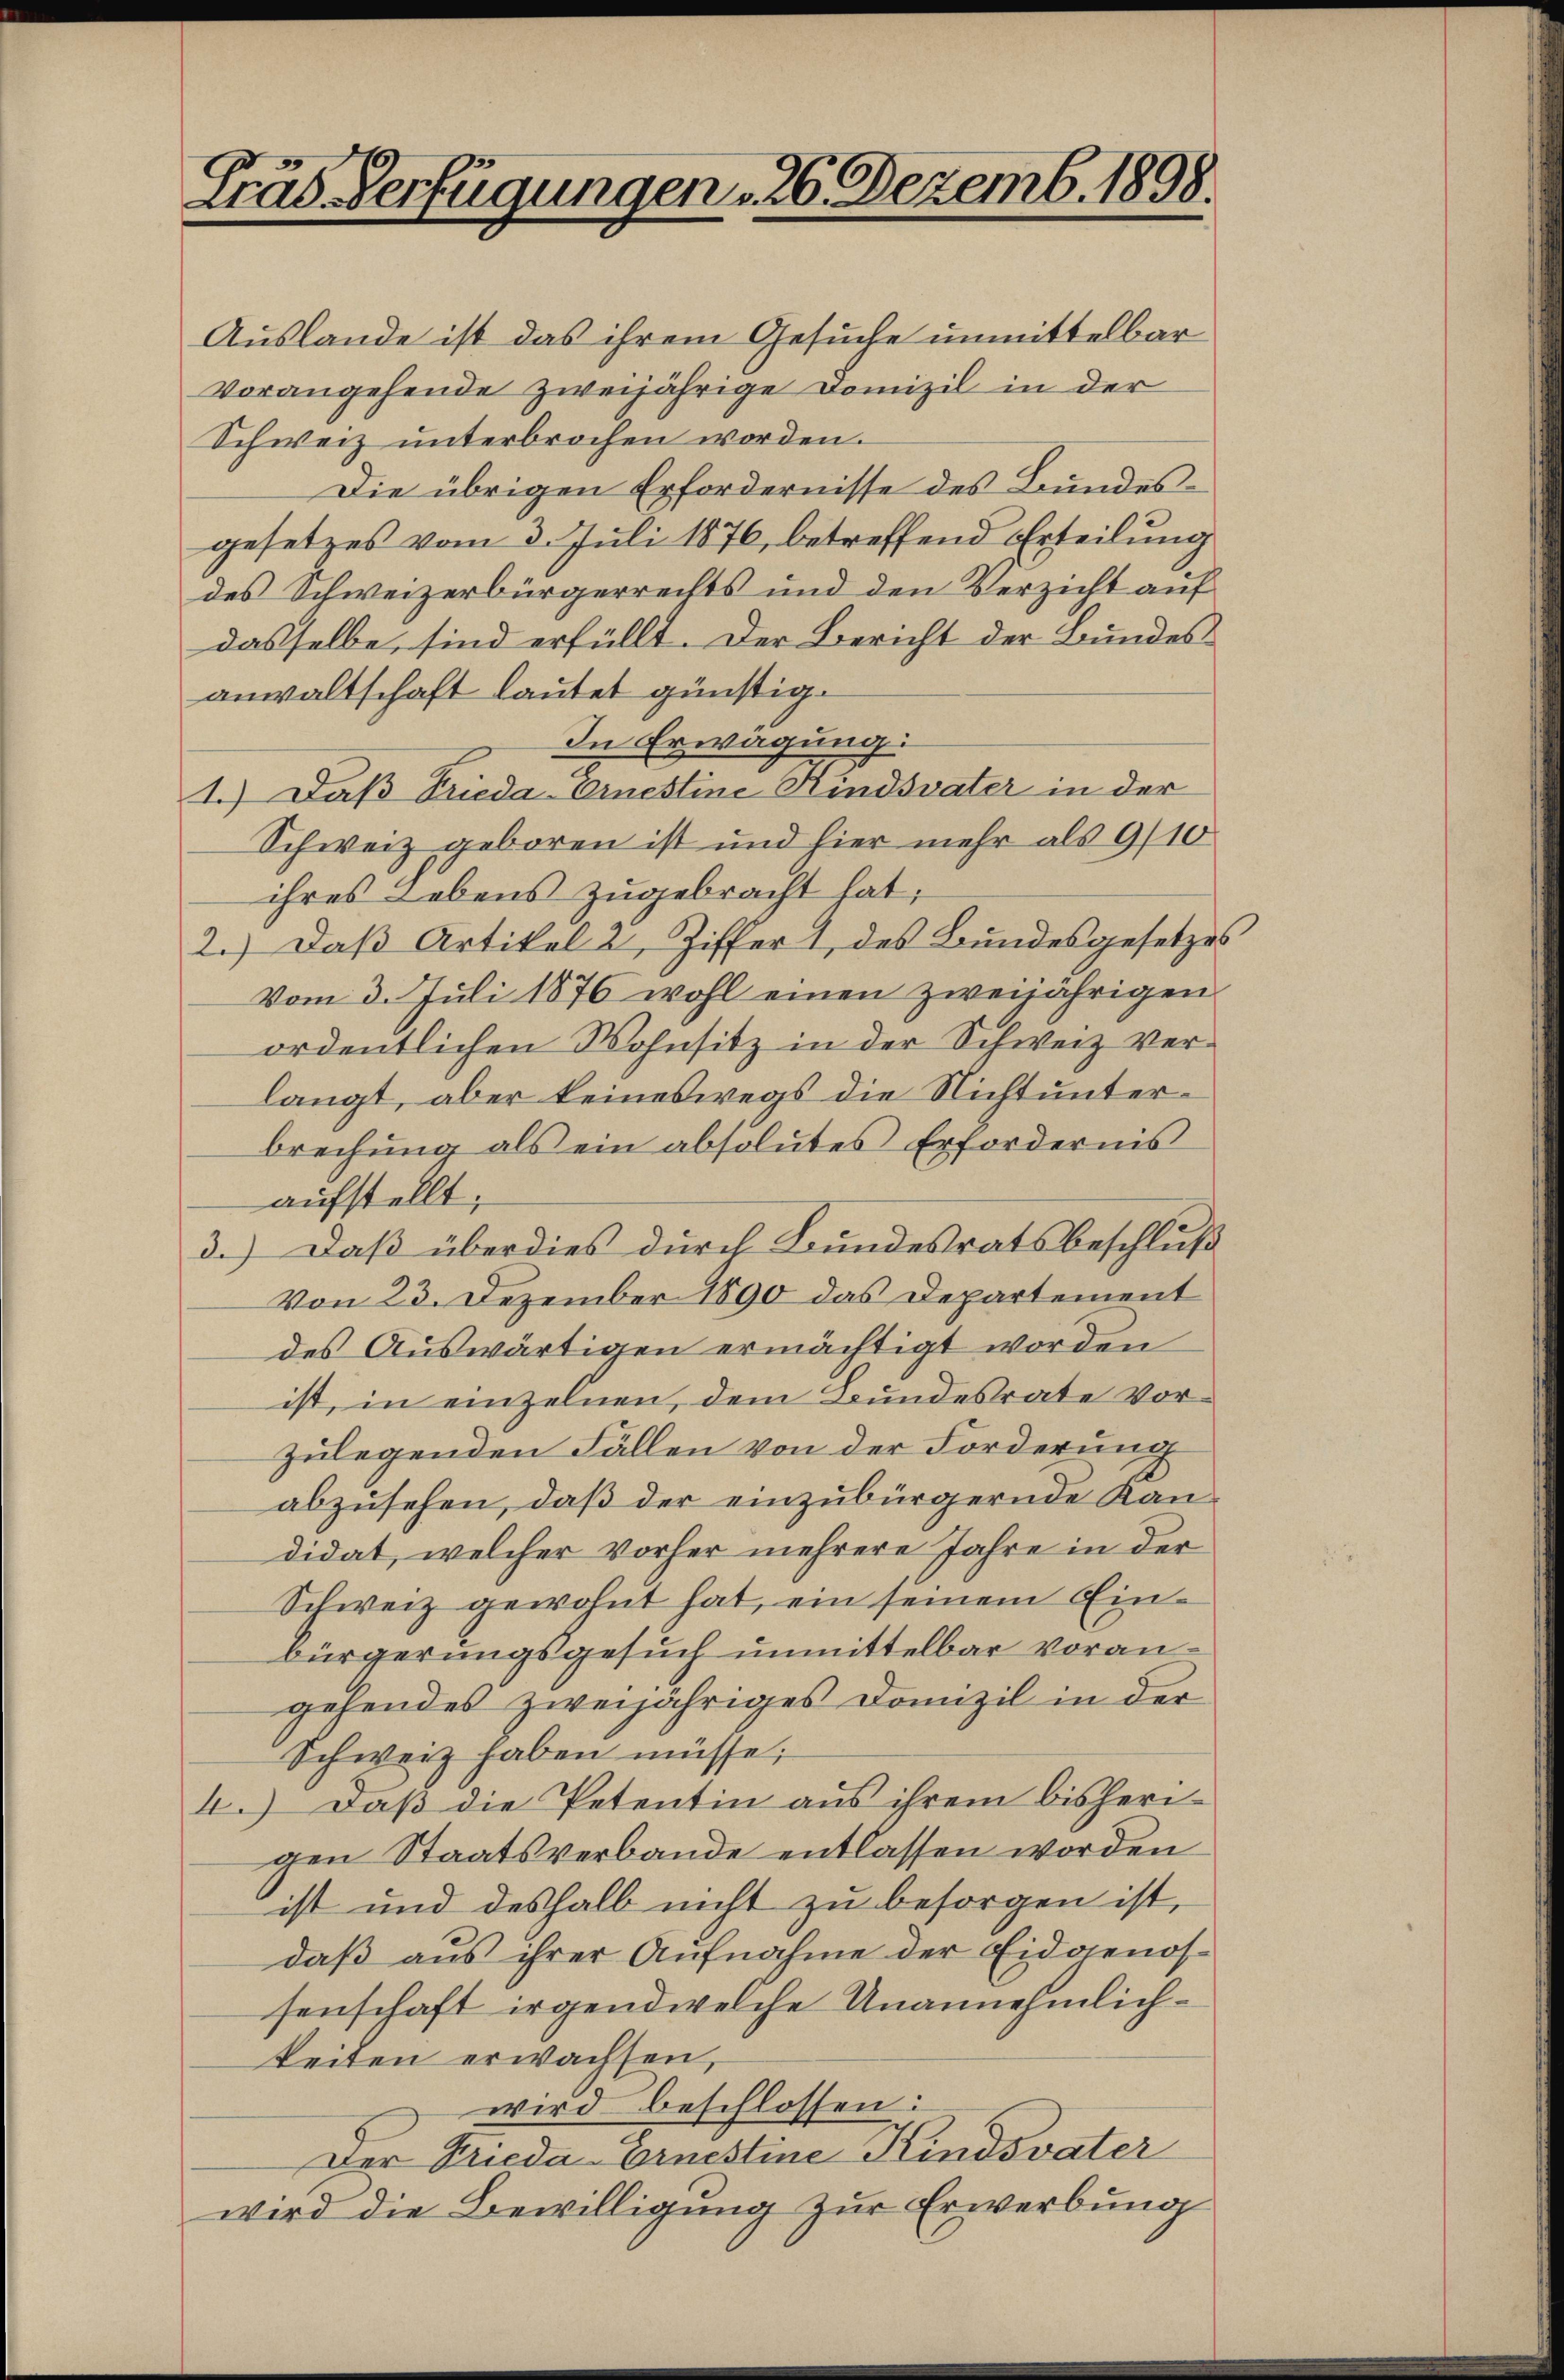
Gras Verfügungen 26. Dezemb. 1898.

Auslande ist das ihrem Gesuche unmittelbar
vorangehende zweijährige Domizil in der
Schweiz unterbrochen worden.
Die übrigen Erfordernisse des Bundesgesetzes vom 3. Juli 1876, betreffend Erteilung
des Schweizerbürgerrechts und den Verzicht auf
dasselbe, sind erfüllt. Der Bericht der Bundesanwaltschaft lautet günstig.
In Erwägung:
1.) Daß Frieda-Ernestine Kindsvater in der
Schweiz geboren ist und hier mehr als 9/10
ihres Lebens zugebracht hat;
2.) Daβ Artikel 2, Ziffert, des Bundesgesetzes
vom 3. Juli 1876 wohl einen zweijährigen
ordentlichen Wohnsitz in der Schweiz verlangt, aber keineswegs die Nicht unterbrechŭng als ein absolutes Erfordernis
aufstellt;
3.) Daß überdies durch Bundesratsbeschluß
Von 23. Dezember 1890 das Departement
des Auswärtigen ermächtigt worden
ist, in einzelnen, dem Bundesrate Vorzulegenden Fällen von der Forderung
abzusehen, daß der einzubürgernde Kandidat, welcher vorher mehrere Jahre in der
Schweiz gewohnt hat, ein seinem Einbürgerungsgesuch unmittelbar vorangehendes zweijähriges Domizil in der
Schweiz haben müsse;
4.) Daß die Petentin aus ihrem bisheri-
gen Staatsverbande entlassen worden
ist und deshalb nicht zu besorgen ist,
daß aus ihrer Aufnahme der Eidgenos-
senschaft irgendwelche Unannehmlichkeiten erwachsen,
wird beschlossen:
ger Frieda-Ernestine Kindsvater
wird die Bewilligung zur Erwerbung